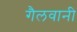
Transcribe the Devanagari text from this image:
गैलवानी